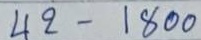
42 - 1800